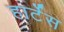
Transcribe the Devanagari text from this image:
हार्टेस